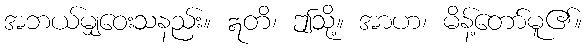
အဘယ်မျှဝေးသနည်း။ ဣတိ၊ ဤသို့။ အာဟ၊ မိန့်တော်မူ၏။